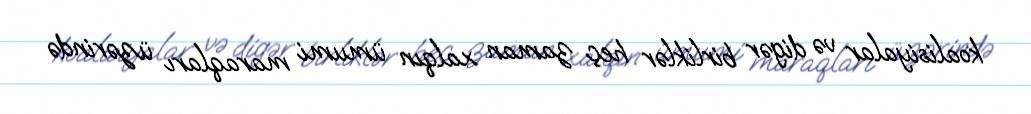
koalisiyalar və digər birliklər heç zaman xalqın ümumi maraqları üzərində